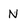
Character: N